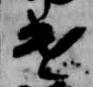
進